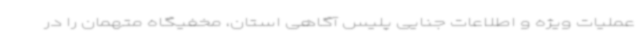
عملیات ویژه و اطلاعات جنایی پلیس آگاهی استان، مخفیگاه متهمان را در